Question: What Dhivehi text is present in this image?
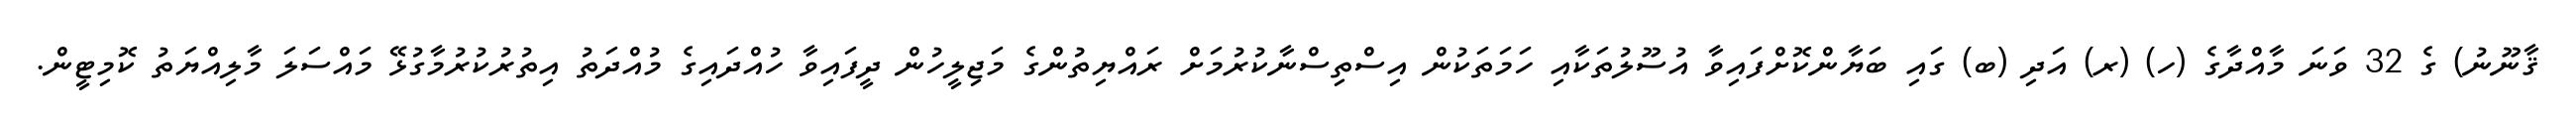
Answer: ޤާނޫނު) ގެ 32 ވަނަ މާއްދާގެ (ހ) (ރ) އަދި (ބ) ގައި ބަޔާންކޮށްފައިވާ އުސޫލުތަކާއި ހަމަތަކުން އިސްތިސްނާކުރުމަށް ރައްޔިތުންގެ މަޖިލީހުން ދީފައިވާ ހުއްދައިގެ މުއްދަތު އިތުރުކުރުމާގުޅޭ މައްސަލަ މާލިއްޔަތު ކޮމިޓީން.